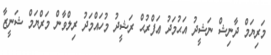
މަރިޔަމް ދާނިޝް ނަޝީދު އަޙުމަދު ޢަފްރުޙް ރަޝީދު މުހައްމަދު ރިލްވާން މަރްޔަމް ޝަނީޒާ